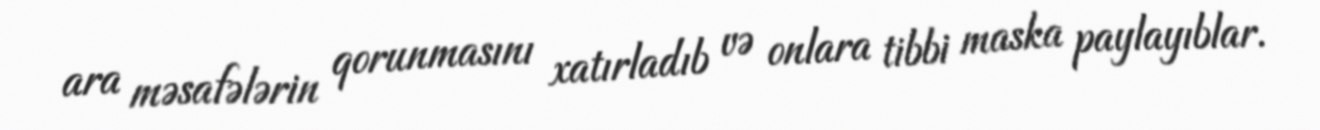
ara məsafələrin qorunmasını xatırladıb və onlara tibbi maska paylayıblar.